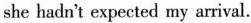
she hadn't expected my arrival.